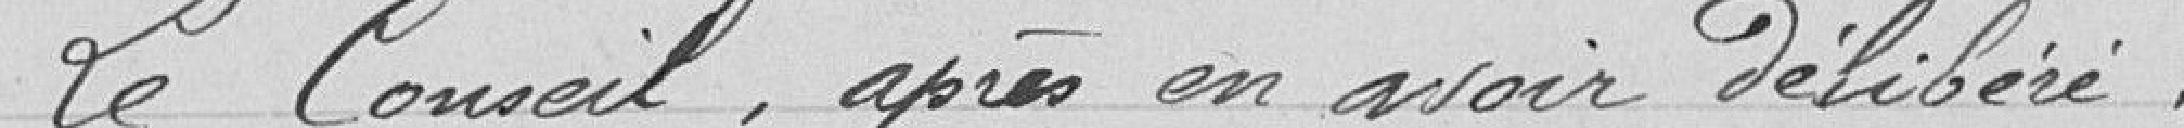
Le Conseil après en avoir délibéré :